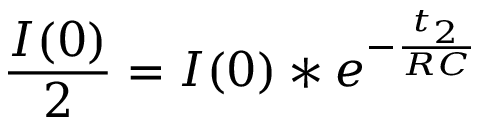
\frac { I ( 0 ) } { 2 } = I ( 0 ) * e ^ { - \frac { t _ { 2 } } { R C } }